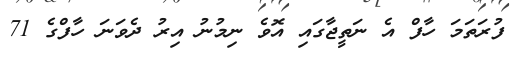
ފުރަތަމަ ހާފް އެ ނަތީޖާގައި އޮވެ ނިމުނު އިރު ދެވަނަ ހާފްގެ 71